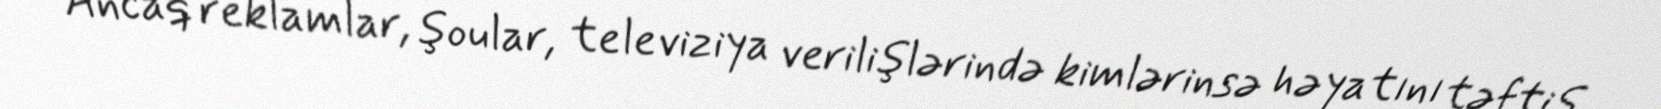
Ancaq reklamlar, şoular, televiziya verilişlərində kimlərinsə həyatını təftiş